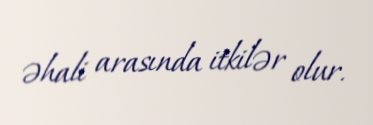
əhali arasında itkilər olur.